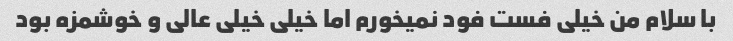
با سلام من خیلی فست فود نمیخورم اما خیلی خیلی عالی و خوشمزه بود